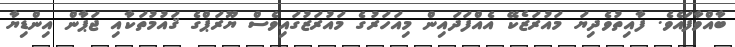
ބާއްވާފައެވެ. ފާއިތުވެދިޔަ މައުރަޒެކޭ އެއްފަދައިން މިއަހަރުގެ މައުރަޒުގައިވެސް ޔޫރަޕްގެ ޤައުމުތަކާއި ޖަޕާން އިންޑިޔާ